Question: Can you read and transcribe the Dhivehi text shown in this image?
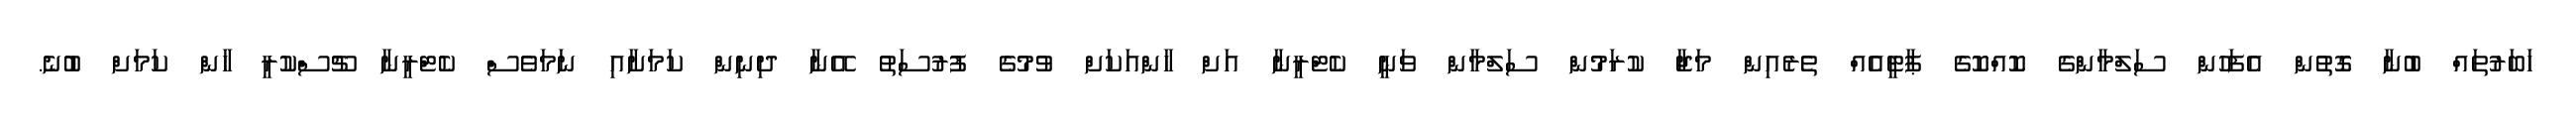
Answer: ހަބަރުތައް ބުނާ ގޮތުން އެފަހުން ސަލްމާންގެ ކޮއްކޮގެ ޕާޓީއެއް ތެރެއިން މަޖާ ކުރަމުން ސަލްމާން ވަނީ ކެޓްރީނާ އަށް ހާންއަކަށް ވުމުގެ ފުރުސަތު އޭނާ ދިނިން ކަމަށާއި ނަމަވެސް ކެޓްރީނާ ޗޫސްކުރީ ހާން ކަމަށް ބުނެ.